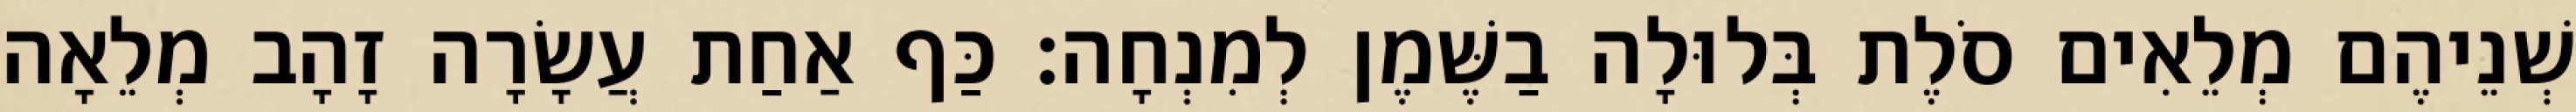
שְׁנֵיהֶם מְלֵאִים סֹלֶת בְּלוּלָה בַשֶּׁמֶן לְמִנְחָה׃ כַּף אַחַת עֲשָׂרָה זָהָב מְלֵאָה